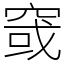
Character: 窢